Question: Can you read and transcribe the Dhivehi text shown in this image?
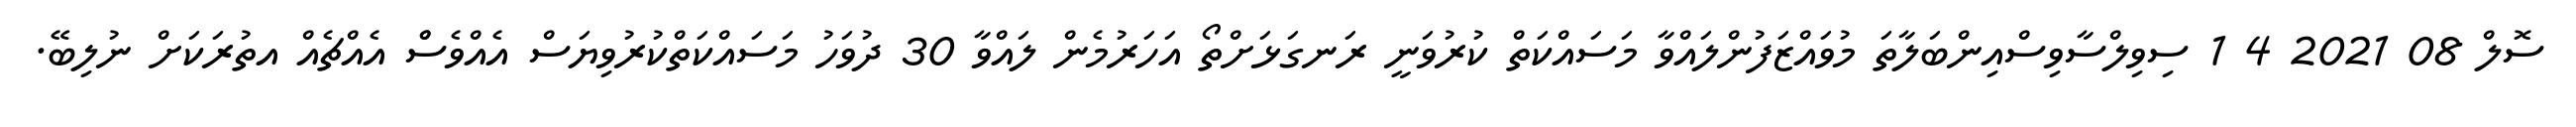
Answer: ސޮލް 08 2021 4 1 ސިވިލްސާވިސްއިންބަލާތަ މުވައްޒަފުންލައްވާ މަސައްކަތް ކުރުވަނީ ރަނގަޅަށްތޯ އަހަރުމެން ލައްވާ 30 ދުވަހު މަސައްކަތްކުރުވިޔަސް އެއްވެސްް އެއްޗެއް އތުރަކަށް ނުލިބޭ.